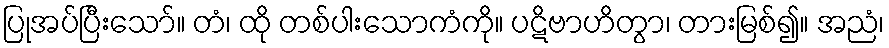
ပြုအပ်ပြီးသော်။ တံ၊ ထို တစ်ပါးသောကံကို။ ပဋိဗာဟိတွာ၊ တားမြစ်၍။ အညံ၊